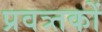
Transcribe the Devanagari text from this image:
प्रवत्र्तकों